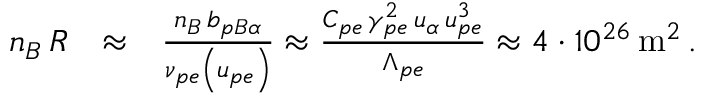
\begin{array} { r l r } { n _ { B } \, { \cal R } } & { \approx } & { \frac { n _ { B } \, b _ { p B \alpha } } { \nu _ { p e } \left( u _ { p e } \right) } \approx \frac { C _ { p e } \, \gamma _ { p e } ^ { 2 } \, u _ { \alpha } \, u _ { p e } ^ { 3 } } { \Lambda _ { p e } } \approx 4 \cdot 1 0 ^ { 2 6 } \, \mathrm { m } ^ { 2 } \, . } \end{array}